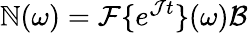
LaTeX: \mathbb{N}(\omega)=\mathcal{F}\{ e^{\mathcal Jt}\} (\omega)\mathcal{B}